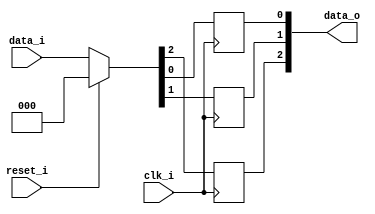
// This program was cloned from: https://github.com/NYU-MLDA/OpenABC
// License: BSD 3-Clause "New" or "Revised" License

module bsg_dff_reset_width_p3
(
  clk_i,
  reset_i,
  data_i,
  data_o
);

  input [2:0] data_i;
  output [2:0] data_o;
  input clk_i;
  input reset_i;
  wire [2:0] data_o;
  wire N0,N1,N2,N3,N4,N5;
  reg data_o_2_sv2v_reg,data_o_1_sv2v_reg,data_o_0_sv2v_reg;
  assign data_o[2] = data_o_2_sv2v_reg;
  assign data_o[1] = data_o_1_sv2v_reg;
  assign data_o[0] = data_o_0_sv2v_reg;

  always @(posedge clk_i) begin
    if(1'b1) begin
      data_o_2_sv2v_reg <= N5;
    end 
  end


  always @(posedge clk_i) begin
    if(1'b1) begin
      data_o_1_sv2v_reg <= N4;
    end 
  end


  always @(posedge clk_i) begin
    if(1'b1) begin
      data_o_0_sv2v_reg <= N3;
    end 
  end

  assign { N5, N4, N3 } = (N0)? { 1'b0, 1'b0, 1'b0 } : 
                          (N1)? data_i : 1'b0;
  assign N0 = reset_i;
  assign N1 = N2;
  assign N2 = ~reset_i;

endmodule